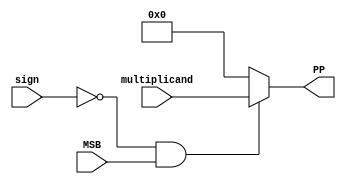
`timescale 1ns / 1ps

module booth_msb (
	input wire [31:0] multiplicand,
	input wire MSB,
	input wire sign,
	output wire [31:0] PP
);

	assign PP = ((sign == 0) && (MSB == 1))? multiplicand : 32'b0;

endmodule